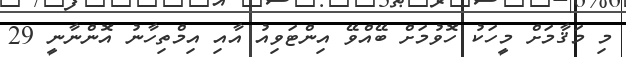
މި މަޤާމަށް މީހަކު ހޮވުމަށް ބޭއްވޭ އިންޓަވިއު އާއި އިމްތިހާނު އޮންނާނީ 29